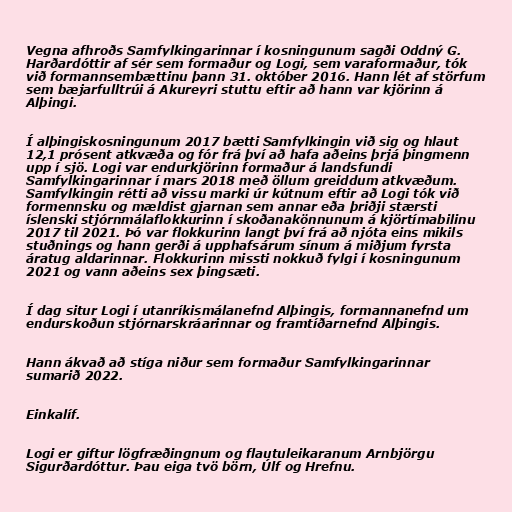
Vegna afhroðs Samfylkingarinnar í kosningunum sagði Oddný G.
Harðardóttir af sér sem formaður og Logi, sem varaformaður, tók
við formannsembættinu þann 31. október 2016. Hann lét af störfum
sem bæjarfulltrúi á Akureyri stuttu eftir að hann var kjörinn á
Alþingi.

Í alþingiskosningunum 2017 bætti Samfylkingin við sig og hlaut
12,1 prósent atkvæða og fór frá því að hafa aðeins þrjá þingmenn
upp í sjö. Logi var endurkjörinn formaður á landsfundi
Samfylkingarinnar í mars 2018 með öllum greiddum atkvæðum.
Samfylkingin rétti að vissu marki úr kútnum eftir að Logi tók við
formennsku og mældist gjarnan sem annar eða þriðji stærsti
íslenski stjórnmálaflokkurinn í skoðanakönnunum á kjörtímabilinu
2017 til 2021. Þó var flokkurinn langt því frá að njóta eins mikils
stuðnings og hann gerði á upphafsárum sínum á miðjum fyrsta
áratug aldarinnar. Flokkurinn missti nokkuð fylgi í kosningunum
2021 og vann aðeins sex þingsæti.

Í dag situr Logi í utanríkismálanefnd Alþingis, formannanefnd um
endurskoðun stjórnarskráarinnar og framtíðarnefnd Alþingis.

Hann ákvað að stíga niður sem formaður Samfylkingarinnar
sumarið 2022.

Einkalíf.

Logi er giftur lögfræðingnum og flautuleikaranum Arnbjörgu
Sigurðardóttur. Þau eiga tvö börn, Úlf og Hrefnu.